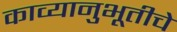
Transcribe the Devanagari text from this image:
काव्यानुभूतीचे